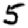
Digit: 5